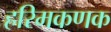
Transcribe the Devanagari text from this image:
हरिमकणक